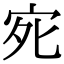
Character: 𭓩